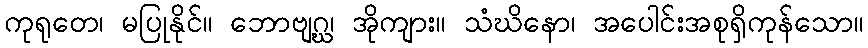
ကုရုတေ၊ မပြုနိုင်။ ဘောဗျဂ္ဃ၊ အိုကျား။ သံဃိနော၊ အပေါင်းအစုရှိကုန်သော။